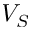
V _ { S }